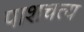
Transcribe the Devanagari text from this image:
पाशचत्य